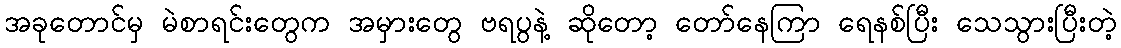
အခုတောင်မှ မဲစာရင်းတွေက အမှားတွေ ဗရပွနဲ့ ဆိုတော့ တော်နေကြာ ရေနစ်ပြီး သေသွားပြီးတဲ့